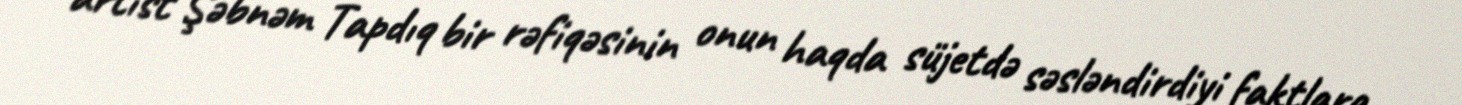
artist Şəbnəm Tapdıq bir rəfiqəsinin onun haqda süjetdə səsləndirdiyi faktlara